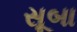
સૂબા